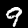
Label: 9